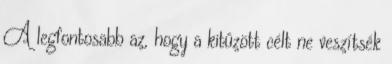
A legfontosabb az, hogy a kitûzött célt ne veszítsék